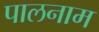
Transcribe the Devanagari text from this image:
पालनाम